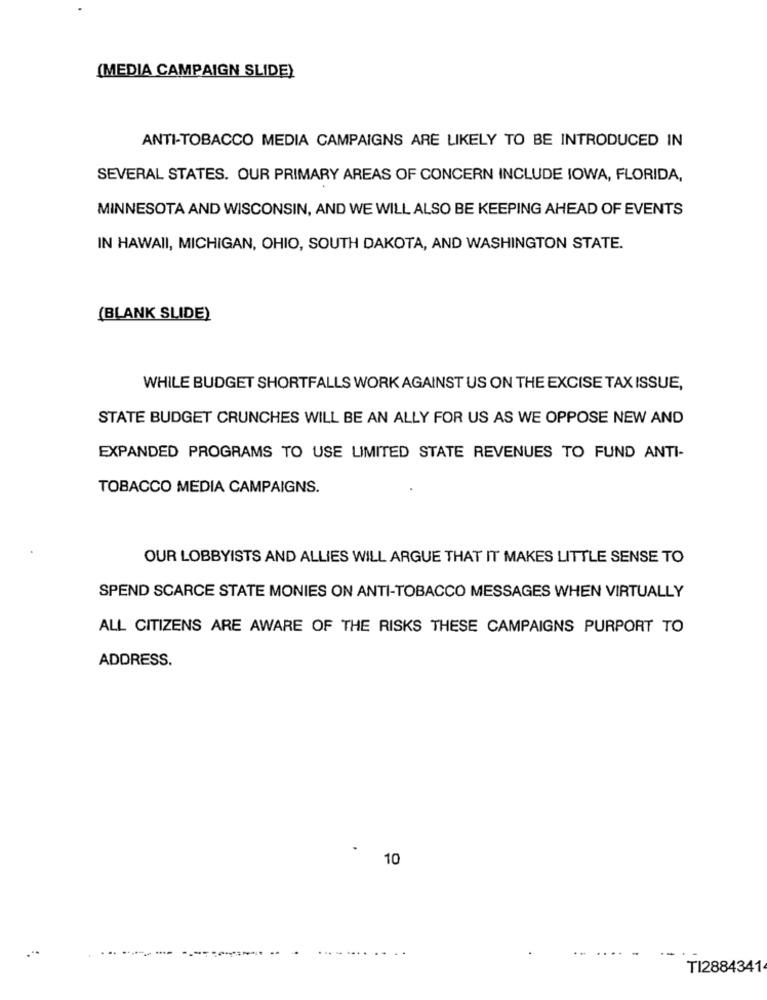
(MEDIA CAMPAIGN SLIDE)
ANTI-TOBACCO MEDIA CAMPAIGNS ARE LIKELY TO BE INTRODUCED IN
SEVERAL STATES. OUR PRIMARY AREAS OF CONCERN INCLUDE IOWA, FLORIDA,
MINNESOTA AND WISCONSIN, AND WE WILL ALSO BE KEEPING AHEAD OF EVENTS
IN HAWAII, MICHIGAN, OHIO, SOUTH DAKOTA, AND WASHINGTON STATE.
(BLANK SLIDE)
WHILE BUDGET SHORTFALLS WORK AGAINST US ON THE EXCISE TAX ISSUE,
STATE BUDGET CRUNCHES WILL BE AN ALLY FOR US AS WE OPPOSE NEW AND
EXPANDED PROGRAMS TO USE LIMITED STATE REVENUES TO FUND ANTI-
TOBACCO MEDIA CAMPAIGNS.
OUR LOBBYISTS AND ALLIES WILL ARGUE THAT IT MAKES LITTLE SENSE TO
SPEND SCARCE STATE MONIES ON ANTI-TOBACCO MESSAGES WHEN VIRTUALLY
ALL CITIZENS ARE AWARE OF THE RISKS THESE CAMPAIGNS PURPORT TO
ADDRESS.
10
.
TI2884341